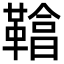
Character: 𩌞